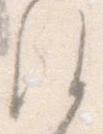
え